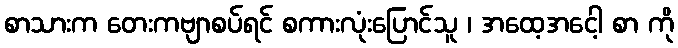
စာသားက တေးကဗျာစပ်ရင် စကားလုံးပြောင်သူ ၊ အထေ့အငေါ့ စာ ကို